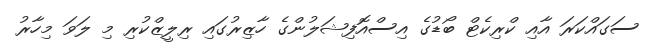
ސަގައްކަރަ އާއި ކްރިކެޓް ބޯޑުގެ އިސްއޮފިޝަލުންގެ ހާޒިރުގައި ރިލީޒްކުރި މި ލަވަ މިހާރު